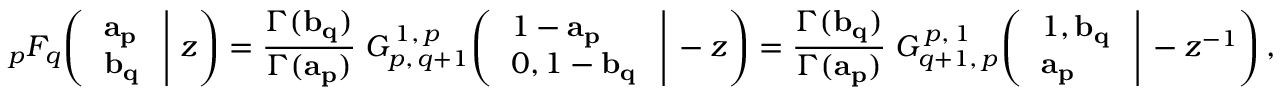
\; _ { p } F _ { q } \! \left( \left. { \begin{array} { l } { \mathbf { a _ { p } } } \\ { \mathbf { b _ { q } } } \end{array} } \; \right| \, z \right) = { \frac { \Gamma ( \mathbf { b _ { q } } ) } { \Gamma ( \mathbf { a _ { p } } ) } } \; G _ { p , \, q + 1 } ^ { \, 1 , \, p } \! \left( \left. { \begin{array} { l } { 1 - \mathbf { a _ { p } } } \\ { 0 , 1 - \mathbf { b _ { q } } } \end{array} } \; \right| \, - z \right) = { \frac { \Gamma ( \mathbf { b _ { q } } ) } { \Gamma ( \mathbf { a _ { p } } ) } } \; G _ { q + 1 , \, p } ^ { \, p , \, 1 } \! \left( \left. { \begin{array} { l } { 1 , \mathbf { b _ { q } } } \\ { \mathbf { a _ { p } } } \end{array} } \; \right| \, - z ^ { - 1 } \right) ,